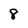
Character: 8